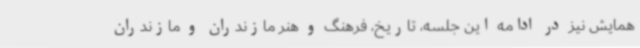
همایش نیز در ادامه این جلسه، تاریخ، فرهنگ و هنر مازندران و مازندران